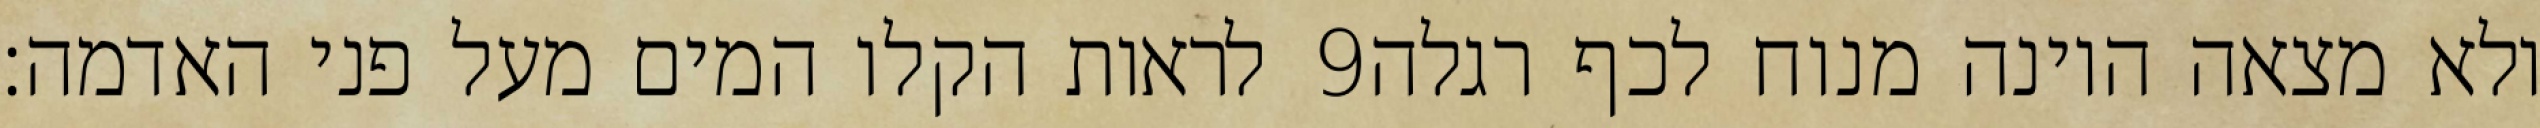
לראות הקלו המים מעל פני האדמה׃ ‎9‏ ולא מצאה היונה מנוח לכף רגלה